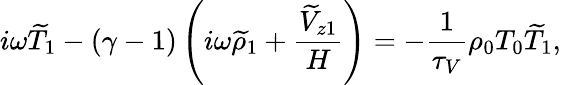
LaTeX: i\omega\widetilde{T}_{1}-(\gamma-1)\left(i\omega\widetilde{\rho}_{1}+\frac{\widetilde{V}_{z1}}{H}\right)=-\frac{1}{\tau_{V}}\rho_{0}T_{0}\widetilde{T}_{1},